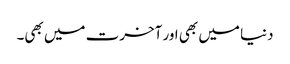
دنیا میں بھی اور آخرت میں بھی۔